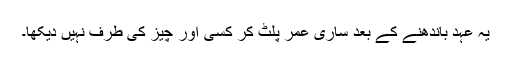
یہ عہد باندھنے کے بعد ساری عمر پلٹ کر کسی اور چیز کی طرف نہیں دیکھا۔